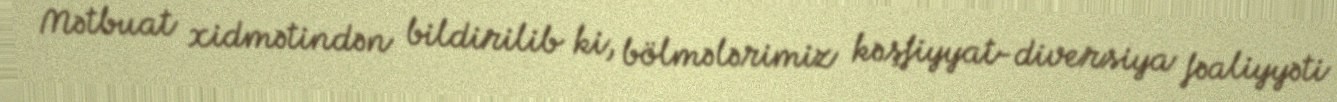
Mətbuat xidmətindən bildirilib ki, bölmələrimiz kəşfiyyat-diversiya fəaliyyəti